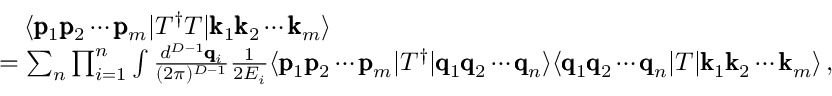
\begin{array} { r l } & { \quad \langle \pmb { \mathrm { p } } _ { 1 } \pmb { \mathrm { p } } _ { 2 } \cdots \pmb { \mathrm { p } } _ { m } | T ^ { \dagger } T | \pmb { \mathrm { k } } _ { 1 } \pmb { \mathrm { k } } _ { 2 } \cdots \pmb { \mathrm { k } } _ { m } \rangle } \\ & { = \sum _ { n } \prod _ { i = 1 } ^ { n } \int \frac { d ^ { D - 1 } \pmb { \mathrm { q } } _ { i } } { ( 2 \pi ) ^ { D - 1 } } \frac { 1 } { 2 E _ { i } } \langle \pmb { \mathrm { p } } _ { 1 } \pmb { \mathrm { p } } _ { 2 } \cdots \pmb { \mathrm { p } } _ { m } | T ^ { \dagger } | \pmb { \mathrm { q } } _ { 1 } \pmb { \mathrm { q } } _ { 2 } \cdots \pmb { \mathrm { q } } _ { n } \rangle \langle \pmb { \mathrm { q } } _ { 1 } \pmb { \mathrm { q } } _ { 2 } \cdots \pmb { \mathrm { q } } _ { n } | T | \pmb { \mathrm { k } } _ { 1 } \pmb { \mathrm { k } } _ { 2 } \cdots \pmb { \mathrm { k } } _ { m } \rangle \, , } \end{array}